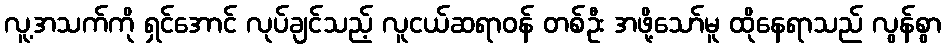
လူ့အသက်ကို ရှင်အောင် လုပ်ချင်သည့် လူငယ်ဆရာဝန် တစ်ဦး အဖို့သော်မူ ထိုနေရာသည် လွန်စွာ